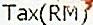
TAX(RM)